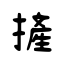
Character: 摌